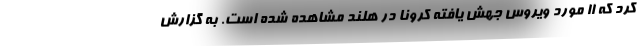
کرد که ۱۱ مورد ویروس جهش یافته کرونا در هلند مشاهده شده است. به گزارش